Report on sanitation, dispensaries, and jails in Rajputana for 1917, and on vaccination for the year 1917-1918 - 1917-1918
Year: 1917
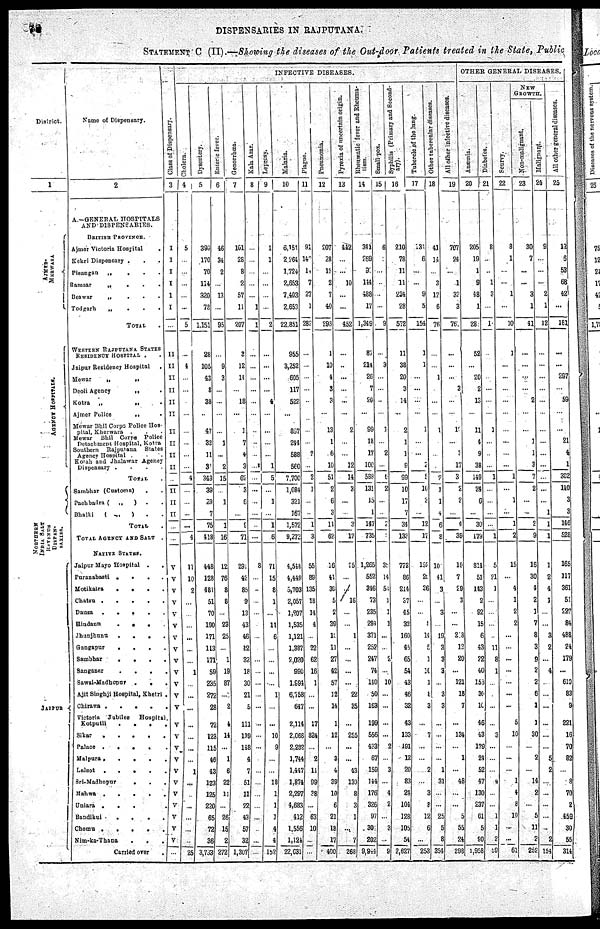
78
DISPENSARIES IN RAJPUTANA.
STATEMENT C (II).—Showing the diseases of the Out-door Patients treated in the State, Public
District.
1
AJMER¬
MERWARA
AGE NC Y HOS P ITALS .
NORTHERN
INDIA SALT
REVENUE
DISPEN¬
SARIES.
JAIPUR
Name of Dispensary.
2
A.—GENERAL HOSPITALS
AND DISPENSARIES.
BRITISH PROVINCE.
Ajmer Victoria Hospital .
Kekri Dispensary . . .
Pisangan
„
.
.
.
Ramsar
„
.
.
.
Beswar
„
.
. .
Todgarh
„
.
.
.
TOTAL .
WESTERN RAJPUTANA STATES
RESIDENCY HOSPITAL .
Jaipur Residency Hospital .
Mewar
„
„
Deoli Agency
„ .
Kotra
„
„ .
Ajmer Police
„ .
Mewar Bhil Corps Police Hos-
pital, Kherwara . . .
Mewar Bhil Corps Police
Detachment Hospital, Kotra
Southern Rajputana States
Agency Hospital . . .
Kotah and Jhalawar Agency
Dispensary .
.
.
.
TOTAL .
Sambhar (Customs) . .
Pachbadra ( „
) . .
Bhalki
(„)
. .
TOTAL .
TOTAL AGENCY AND SALT .
NATIVE STATES.
Jaipur Mayo Hospital . .
Puranabasti .
.
.
.
Motikatra
.
.
.
.
Chatsu .
.
.
.
.
Dausa .
.
.
.
.
Hindaun
.
. .
Jhunjhunu
.
.
.
.
Gangapur
.
.
. .
Sambhar
.
.
.
.
Sanganer
.
. . .
Sawel-Madhopur .
.
.
Ajit Singhji Hoipital, Khetri .
Chirawa
.
.
. . .
Victoria Jubilee
Hospital .
Kotputli
. . . .
Sikar
.
.
.
.
.
Palace .
.
.
.
.
Malpura.
.
.
.
.
Lalsot .
.
.
.
.
Sri-Madhopur
.
.
.
Mahwa .
.
.
.
.
Uniara .
.
. .
Bandikui
.
.
.
.
Chomu . . . . .
Nim-ka-Thana . . .
Carried over .
Class
of Dispensary.
3
I
I
I
I
I
I
...
II
II
II
II
II
II
II
II
II
II
...
II
II
II
...
...
V
V
V
V
V
V
V
V
V
V
V
V
V
V
V
V
V
V
V
V
V
V
V
V
...
INFECTIVE DISEASES.
Cholera.
4
5
...
...
...
...
...
5
...
4
...
...
...
...
...
...
...
...
4
...
...
...
...
4
11
10
2
...
...
...
...
...
...
1
...
...
...
...
...
...
...
1
...
...
...
...
...
...
25
Dysentery.
5
399
170
70
114
320
78
1,151
28
105
43
8
38
...
47
32
11
31
343
39
29
7
75
418
448
128
481
51
70
190
171
113
171
59
235
272
28
72
123
115
46
43
123
125
220
65
72
36
3,793
Enteric lever.
6
46
34
2
...
13
...
95
...
9
3
...
...
...
...
1
...
2
15
...
1
...
1
16
12
76
8
8
...
23
25
...
1
19
87
...
2
4
14
...
1
6
22
11
...
26
15
2
272
Genorrhœa.
7
161
28
8
2
57
11
207
2
12
14
...
18
...
1
7
4
3
62
3
6
...
9
71
291
42
85
9
13
43
46
42
32
18
30
21
5
111
139
118
4
7
51
11
22
43
57
32
1,397
Kala Azar.
8
...
...
...
...
...
1
1
...
...
...
...
...
...
...
..
...
...
...
...
...
...
...
...
8
...
...
...
...
...
...
...
...
...
...
...
...
...
...
...
...
...
...
...
...
...
...
...
...
Leprosy.
9
1
1
...
...
...
...
2
...
...
...
...
4
...
...
...
...
1
5
...
1
...
1
6
71
15
8
1
...
11
6
...
...
...
...
1
...
...
10
9
...
...
18
1
1
1
4
4
152
Malaria.
10
6,151
2,264
1,724
2,653
7,403
2,653
22,851
955
3,252
605
117
522
...
857
244
588
560
7,700
1,084
321
167
1,572
9,272
4,548
4,449
5,703
2,057
1,207
1,535
1,121
1,387
2,020
990
1,994
6,758
647
2,114
2,068
2,282
1,744
1,447
1,874
2,297
4,683
412
1,556
1,124
22,631
Plague.
11
91
142
14
7
27
1
282
...
...
...
...
...
...
...
...
2
...
2
1
...
...
1
3
55
89
135
18
14
4
...
22
62
16
1
...
...
17
824
...
2
11
99
38
...
63
10
...
...
Pneumonia.
12
207
28
12
2
7
40
296
1
10
4
3
3
...
13
1
6
10
51
2
6
3
11
62
16
41
39
5
2
39
10
11
27
42
57
12
14
1
12
...
3
4
39
10
6
21
18
17
400
Pyrexia of uncertain origin.
13
442
...
...
10
...
...
452
...
...
...
...
...
...
2
...
...
12
14
3
...
...
2
17
25
...
...
16
...
...
1
...
...
...
...
22
35
...
255
...
...
43
130
8
3
1
...
7
268
Rheumatic fever and Rheuma¬
tism.
14
341
269
92
114
488
17
1,349
87
214
26
7
20
...
99
18
17
100
588
131
15
1
147
735
1,265
552
346
73
235
294
371
252
247
74
140
50
163
199
556
423
67
159
144
176
326
97
301
202
9,944
Small-pox.
15
6
...
...
...
...
...
9
...
3
...
...
...
...
1
...
2
...
6
2
...
...
2
...
35
14
51
1
1
1
...
...
2
...
10
...
...
...
...
2
...
3
...
4
2
...
3
...
9
Syphilis (Primary and Second-
ary).
16
210
78
11
11
234
28
572
11
38
20
3
14
...
2
1
1
9
99
10
17
7
34
133
772
86
214
37
45
32
160
45
65
54
43
46
32
43
133
191
12
20
83
24
104
128
105
54
2,627
Tubercle of the lung.
17
131
6
...
...
9
5
154
1
1
...
...
...
...
1
...
...
2
5
10
2
...
12
17
192
25
36
...
...
1
14
5
1
10
1
8
...
...
7
...
...
2
...
3
8
12
6
...
253
Other tubercular diseases.
18
41
14
...
3
12
6
76
...
...
1
...
...
...
1
...
...
...
7
1
1
4
6
8
10
41
3
...
3
...
19
3
3
3
...
3
3
...
...
...
...
1
31
...
...
25
5
8
354
All other infective diseases.
19
707
24
...
1
32
3
767
...
...
...
3
...
...
1
...
...
17
3
2
2
...
4
39
19
7
29
3
...
...
218
12
20
...
121
18
7
...
134
...
1
...
48
...
...
5
55
24
298
OTHER GENERAL DISEASES.
Anæmia.
20
205
19
1
9
48
1
28
52
...
20
2
13
...
11
4
9
38
149
24
6
...
30
179
814
51
143
2
92
15
6
43
22
40
153
30
10
46
43
179
24
52
47
130
237
61
5
90
1,958
Diabetes.
21
8
...
...
1
3
...
1
...
...
...
...
...
...
1
...
...
...
1
...
...
...
...
1
5
21
1
...
...
...
...
11
8
1
...
...
...
...
3
...
...
...
4
...
...
1
1
2
59
Scurry.
22
8
1
...
...
1
...
10
1
...
...
...
...
...
...
...
...
...
1
...
1
...
1
2
15
...
4
1
2
2
...
...
...
...
...
...
...
5
10
...
...
...
1
4
8
10
...
...
61
NEW
GROWTH.
Non-malignant.
23
30
7
...
...
3
1
41
...
...
...
...
2
...
...
1
1
3
7
2
...
...
2
9
16
30
4
2
1
7
8
3
9
2
2
6
1
1
30
...
2
...
14
2
...
5
11
2
252
Malignant.
24
9
...
...
...
2
1
12
...
...
...
...
...
...
...
...
...
...
...
...
...
1
1
1
1
2
4
1
...
...
3
2
...
4
...
...
...
...
...
...
5
2
...
...
...
...
...
2
154
All other general diseases.
25
12
6
53
68
42
...
181
...
...
297
...
59
...
...
21
4
1
382
140
3
3
146
528
165
117
361
51
227
84
488
24
179
...
610
83
9
221
16
70
82
...
8
70
2
459
30
55
314